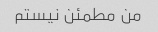
من مطمئن نیستم